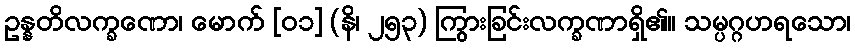
ဥန္နတိလက္ခဏော၊ မောက် [၀၁] (နိ၊ ၂၅၃) ကြွားခြင်းလက္ခဏာရှိ၏။ သမ္ပဂ္ဂဟရသော၊